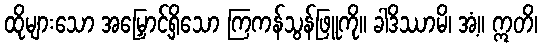
ထိုများသော အမြှောင့်ရှိသော ကြကန်သွန်ဖြူကို။ ခါဒိဿာမိ၊ အံ့။ ဣတိ၊